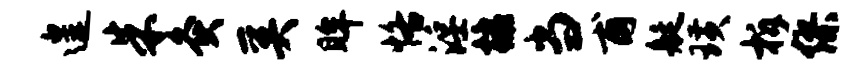
遑朱灸奚眸恪淫棣当甫艇璜柝缪